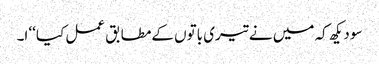
سو دیکھ کہ میں نے تیری باتوں کےمطابق عمل کیا‘‘ ا۔